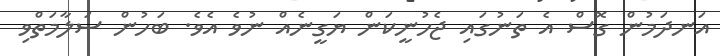
އަނދަމުން ގޮސް އެ ތަނުގައި ޖެހުނީކަން ޔަގީނެއް ނުވެ އެވެ. ބަހުން ސަލާމަތްވި